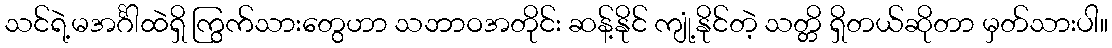
သင်ရဲ့မအင်္ဂါထဲရှိ ကြွက်သားတွေဟာ သဘာဝအတိုင်း ဆန့်နိုင် ကျုံ့နိုင်တဲ့ သတ္တိ ရှိတယ်ဆိုတာ မှတ်သားပါ။